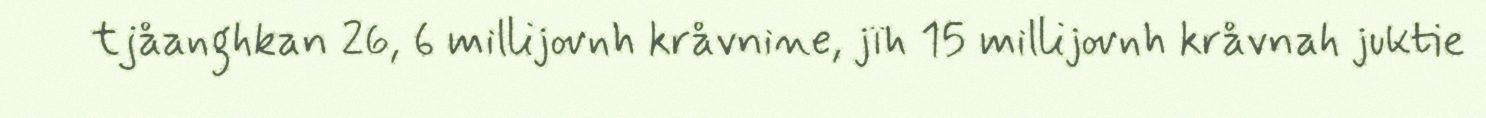
tjåanghkan 26, 6 millijovnh kråvnine, jïh 15 millijovnh kråvnah juktie